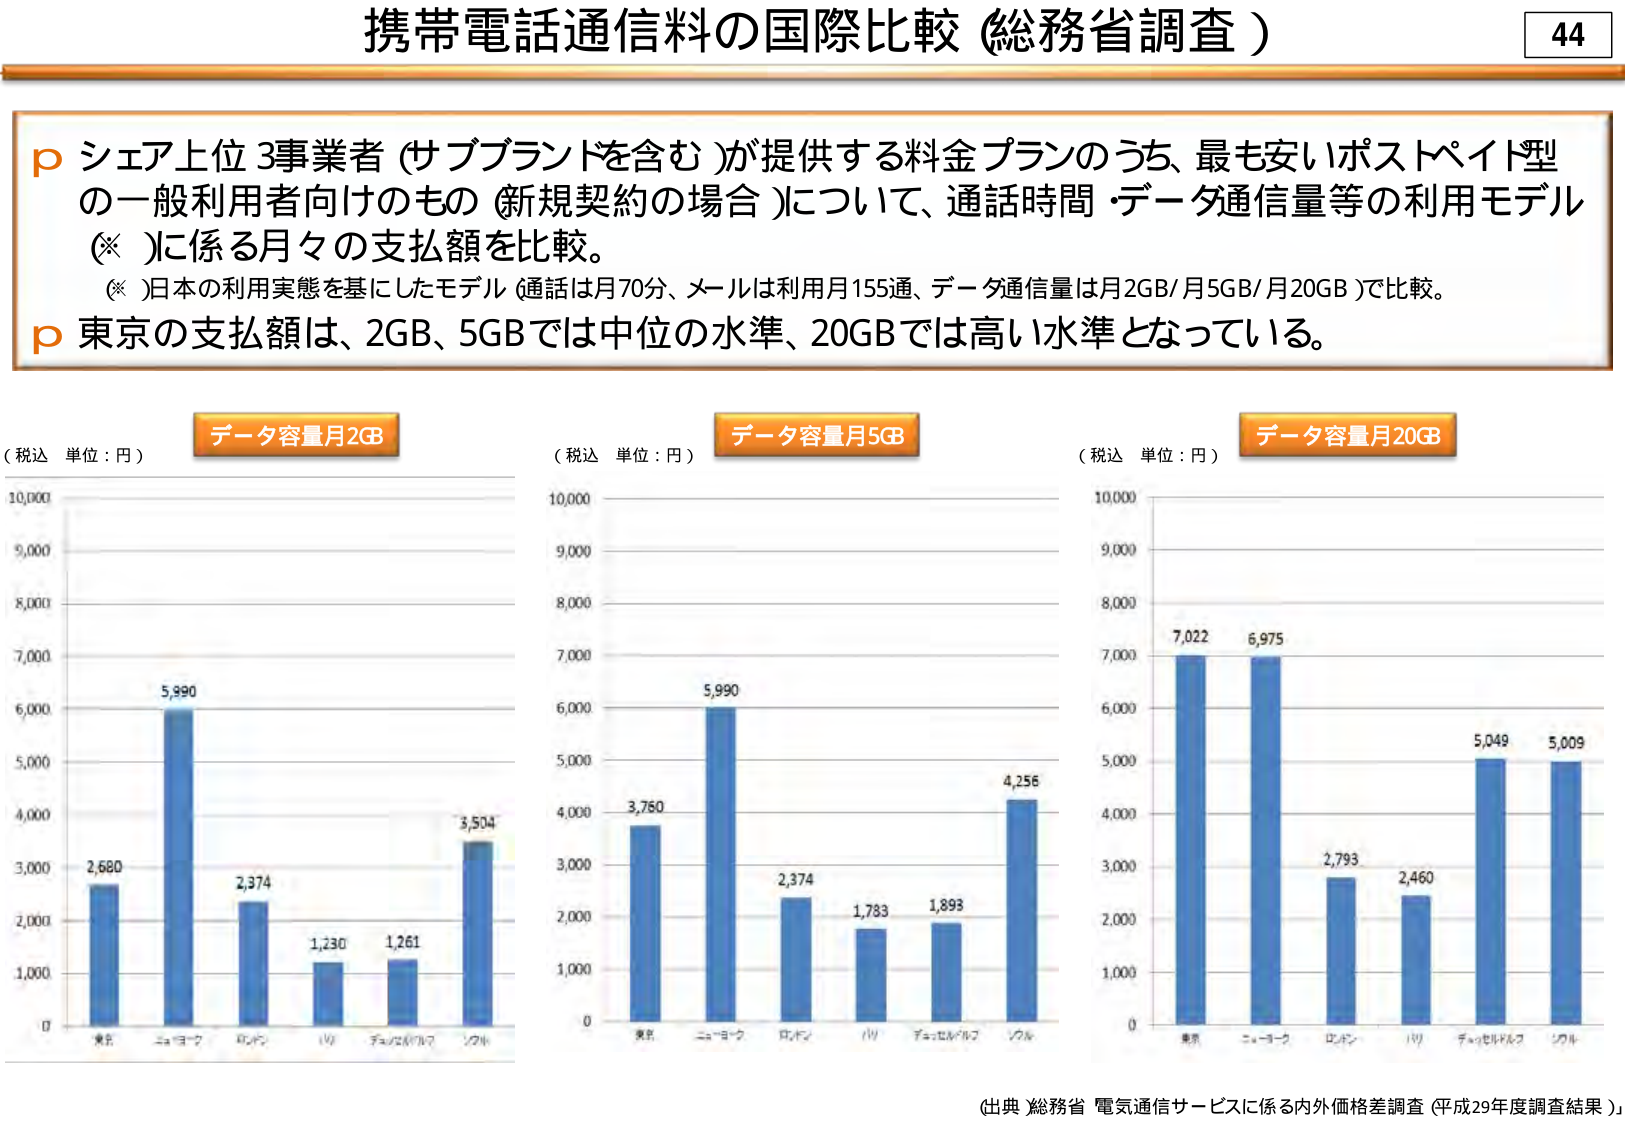
携帯電話通信料の国際比較（総務省調査）

44

p シェア上位3事業者（サブブランドを含む）が提供する料金プランのうち、最も安いポストペイド型
の一般利用者向けのもの（新規契約の場合）について、通話時間・データ通信量等の利用モデル
（※）に係る月々の支払額を比較。
（※）日本の利用実態を基にしたモデル（通話は月70分、メールは利用月155通、データ通信量は月2GB/月5GB/月20GB）で比較。
p 東京の支払額は、2GB、5GBでは中位の水準、20GBでは高い水準となっている。

（税込 単位：円） データ容量月2GB
（税込 単位：円） データ容量月5GB
（税込 単位：円） データ容量月20GB

2,680
5,990
2,374
1,230
1,261
3,504

3,780
5,990
2,374
1,783
1,893
4,256

7,022
6,975
2,793
2,460
5,049
5,009

（出典）総務省 電気通信サービスに係る内外価格差調査（平成29年度調査結果）